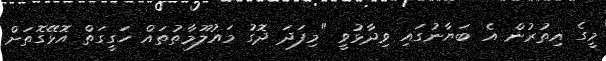
މީގެ އިތުރުން އެ ބަޔާނުގައި ވިދާޅުވީ "މިފަދަ ދޮގު މައުލޫމާތުތައް ހަގީގަތް އޮޅޭގޮތަށް